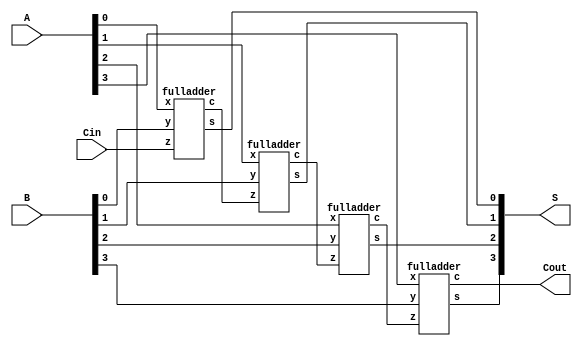
module rippleadder(A, B, Cin, S, Cout);
input [3:0]A;
input [3:0]B;
input Cin;
output [3:0]S;
output Cout;
wire [3:0]C;

fulladder f1(A[0], B[0], Cin, S[0], C[1]);
fulladder f2(A[1], B[1], C[1], S[1], C[2]);
fulladder f3(A[2], B[2], C[2], S[2], C[3]);
fulladder f4(A[3], B[3], C[3], S[3], Cout);

endmodule


module fulladder(x, y, z, s, c);
input x, y, z;
output reg s, c;
always@(x, y, z)
begin
        s = x ^ y ^ z;
        c = x&y | y&z | z&x;
end
endmodule